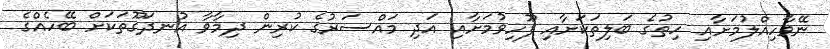
ނޭވާހިއްލުމަށާއި ހިތުގެ ބަލިތަކަށާއި ފޫހިވުމަށާއި އަދި މައްސަރުގެ ކުރިން ދިމާވާ އުނދަގޫތަކަށް ބޭހެއްގެ